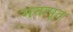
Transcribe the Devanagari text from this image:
मनःपूत